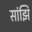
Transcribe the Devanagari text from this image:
सांझि